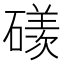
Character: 𥖄